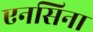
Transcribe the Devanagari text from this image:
एनसिना